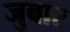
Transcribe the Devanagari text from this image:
जुबार